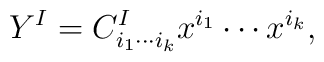
Y^I = C^I_{i_1\cdots i_k} x^{i_1}\cdots x^{i_k},